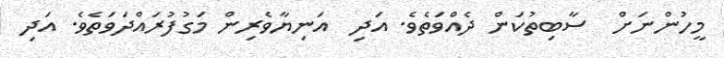
މީހުންނަށް  ސާބިތުކަން ދެއްވަތެވެ. އަދި  އަނިޔާވެރިން މަގުފުރައްދަވަތެވެ. އަދި